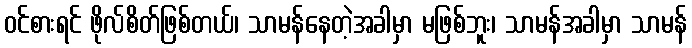
ဝင်စားရင် ဖိုလ်စိတ်ဖြစ်တယ်၊ သာမန်နေတဲ့အခါမှာ မဖြစ်ဘူး၊ သာမန်အခါမှာ သာမန်